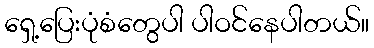
ရှေ့ပြေးပုံစံတွေပါ ပါဝင်နေပါတယ်။